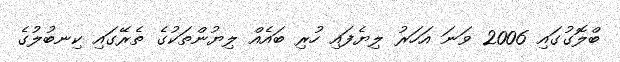
ބްލޮގުގައި 2006 ވަނަ އަހަރު ލިޔެފައި ހުރި ބައެއް ލިޔުންތަކުގެ ތެރޭގައި ކިނބުލުގެ